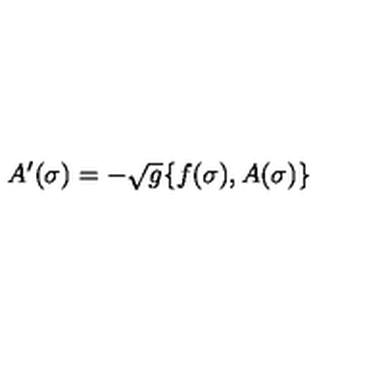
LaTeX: A ^ { \prime } ( \sigma ) = - \sqrt { g } \{ f ( \sigma ) , A ( \sigma ) \}